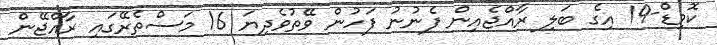
ކޮވިޑް-19 އިގެ ބަލި ރާއްޖެއިން ފެނުނު ފަހުން ވޭތުވެދިޔަ 16 މަސްތެރޭގައި ރާއްޖޭން